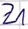
Text: Z1